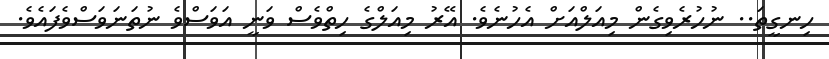
ހިނގީތަ.. ނުހުރެވިގެން މިއަލްއަށް އެހުނެވެ. އޭރު މިއަލްގެ ހިތްވެސް ވަނީ އަވަސްވެ ނުތަނަވަސްވެފައެވެ.